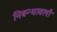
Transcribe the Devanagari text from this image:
निबन्धावली